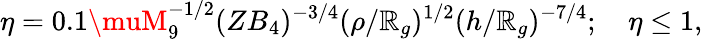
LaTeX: \eta=0.1\muM_{9}^{-1/2}(ZB_{4})^{-3/4}(\rho/\mathbb{R}_{g})^{1/2}(h/\mathbb{R}_{g})^{-7/4};\ \ \ \ \eta\le1,